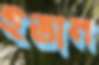
ইভান